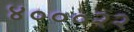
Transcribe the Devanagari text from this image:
४०००२२